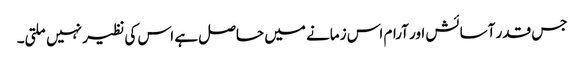
جس قدر آسائش اور آرام اس زمانے میں حاصل ہے اس کی نظیر نہیں ملتی۔